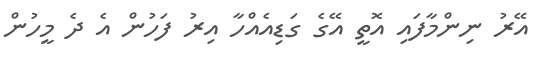
އޭރު ނިންމާފައި އޮތީ އޭގެ ގަޑިއެއްހާ އިރު ފަހުން އެ ދެ މީހުން